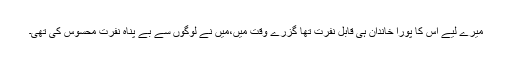
میرے لیے اس کا پورا خاندان ہی قابلِ نفرت تھا گزرے وقت میں،میں نے لوگوں سے بے پناہ نفرت محسوس کی تھی۔